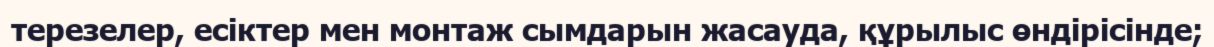
терезелер, есіктер мен монтаж сымдарын жасауда, құрылыс өндірісінде;